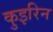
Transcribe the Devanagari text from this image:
कुइरिन